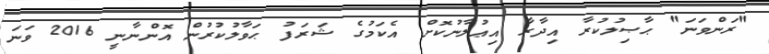
"ރަންވަނަ" ޙާޞިލުކުރާ އިދާރާ އިޢުލާނުކޮށް އެކަމުގެ ޝަރަފު ޙަވާލުކުރުން އޮންނާނީ 2016 ވަނަ